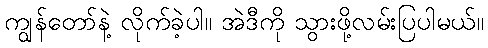
ကျွန်တော်နဲ့ လိုက်ခဲ့ပါ။ အဲဒီကို သွားဖို့လမ်းပြပါမယ်။